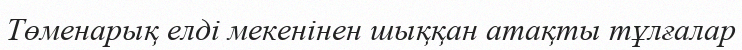
Төменарық елді мекенінен шыққан атақты тұлғалар